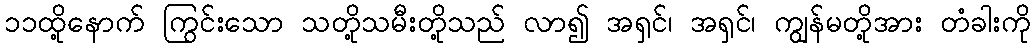
၁၁ထို့နောက် ကြွင်းသော သတို့သမီးတို့သည် လာ၍ အရှင်၊ အရှင်၊ ကျွန်မတို့အား တံခါးကို